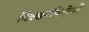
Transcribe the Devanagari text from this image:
बिल्डरविरोधी